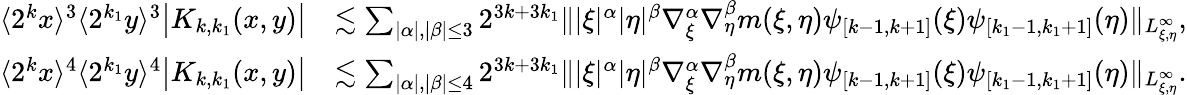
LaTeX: \begin{array}{rl}{\langle 2^{k}x\rangle^{3}\langle 2^{k_{1}}y\rangle^{3}\big|K_{k,k_{1}}(x,y)\big|}&{\lesssim\sum_{|\alpha|,|\beta|\leq 3}2^{3k+3k_{1}}\| |\xi|^{\alpha}|\eta|^{\beta}\nabla_{\xi}^{\alpha}\nabla_{\eta}^{\beta}m(\xi,\eta)\psi_{[k-1,k+1]}(\xi)\psi_{[k_{1}-1,k_{1}+1]}(\eta)\| _{L_{\xi,\eta}^{\infty}},}\\ {\langle 2^{k}x\rangle^{4}\langle 2^{k_{1}}y\rangle^{4}\big|K_{k,k_{1}}(x,y)\big|}&{\lesssim\sum_{|\alpha|,|\beta|\leq 4}2^{3k+3k_{1}}\| |\xi|^{\alpha}|\eta|^{\beta}\nabla_{\xi}^{\alpha}\nabla_{\eta}^{\beta}m(\xi,\eta)\psi_{[k-1,k+1]}(\xi)\psi_{[k_{1}-1,k_{1}+1]}(\eta)\| _{L_{\xi,\eta}^{\infty}}.}\end{array}